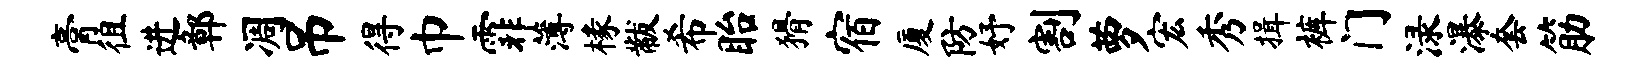
膏徂进鄣凋吊得巾霏薄椽黻希眙猾宿厦防妤割萝宏秀揖裤门渌瀑套筋